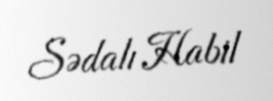
Sədalı Habil